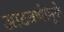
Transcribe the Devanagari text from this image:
आठवणींमुळे